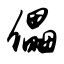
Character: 儡